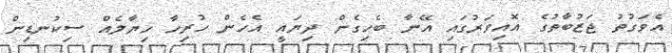
އެވަގުތު ޖަޒުބާތުގެ އޮއިވަރުގައި އޭނާ ބެހިގެން ދިޔައީ އެހެން ހުރިހާ ހިޔާލެއް ސިކުނޑިން